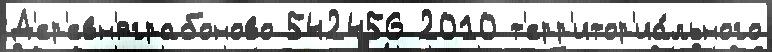
Д'ер'евн'яграбоново 542456 2010 т'ерр'итор'иа́льного